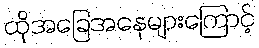
ထိုအခြေအနေများကြောင့်